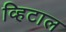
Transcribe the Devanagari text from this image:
व्हिटाल